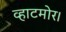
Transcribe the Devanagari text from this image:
व्हाटमोर।